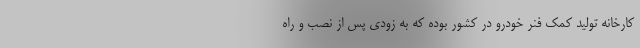
کارخانه تولید کمک فنر خودرو در کشور بوده که به زودی پس از نصب و راه